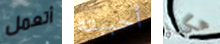
أتعمل أحببته هكذا